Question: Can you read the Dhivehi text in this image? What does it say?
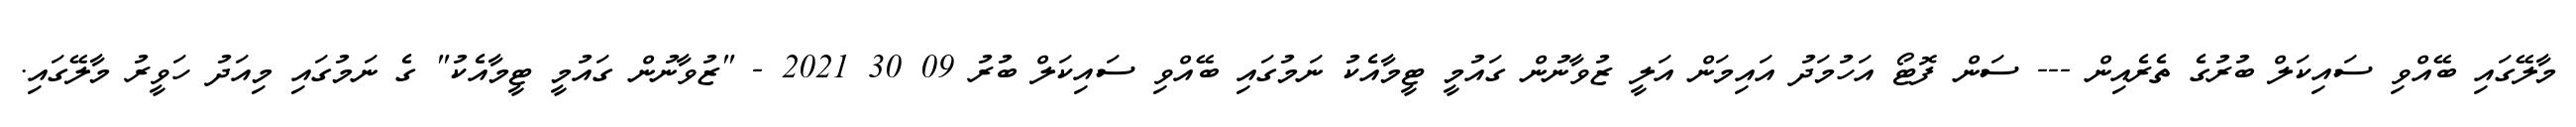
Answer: މާލޭގައި ބޭއްވި ސައިކަލް ބުރުގެ ތެރެއިން --- ސަން ފޮޓޯ އަހުމަދު އައިމަން އަލީ ޒުވާނުން ގައުމީ ޓީމާއެކު ނަމުގައި ބޭއްވި ސައިކަލް ބުރު 09 30 2021 - "ޒުވާނުން ގައުމީ ޓީމާއެކު" ގެ ނަމުގައި މިއަދު ހަވީރު މާލޭގައި.